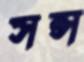
সন্স